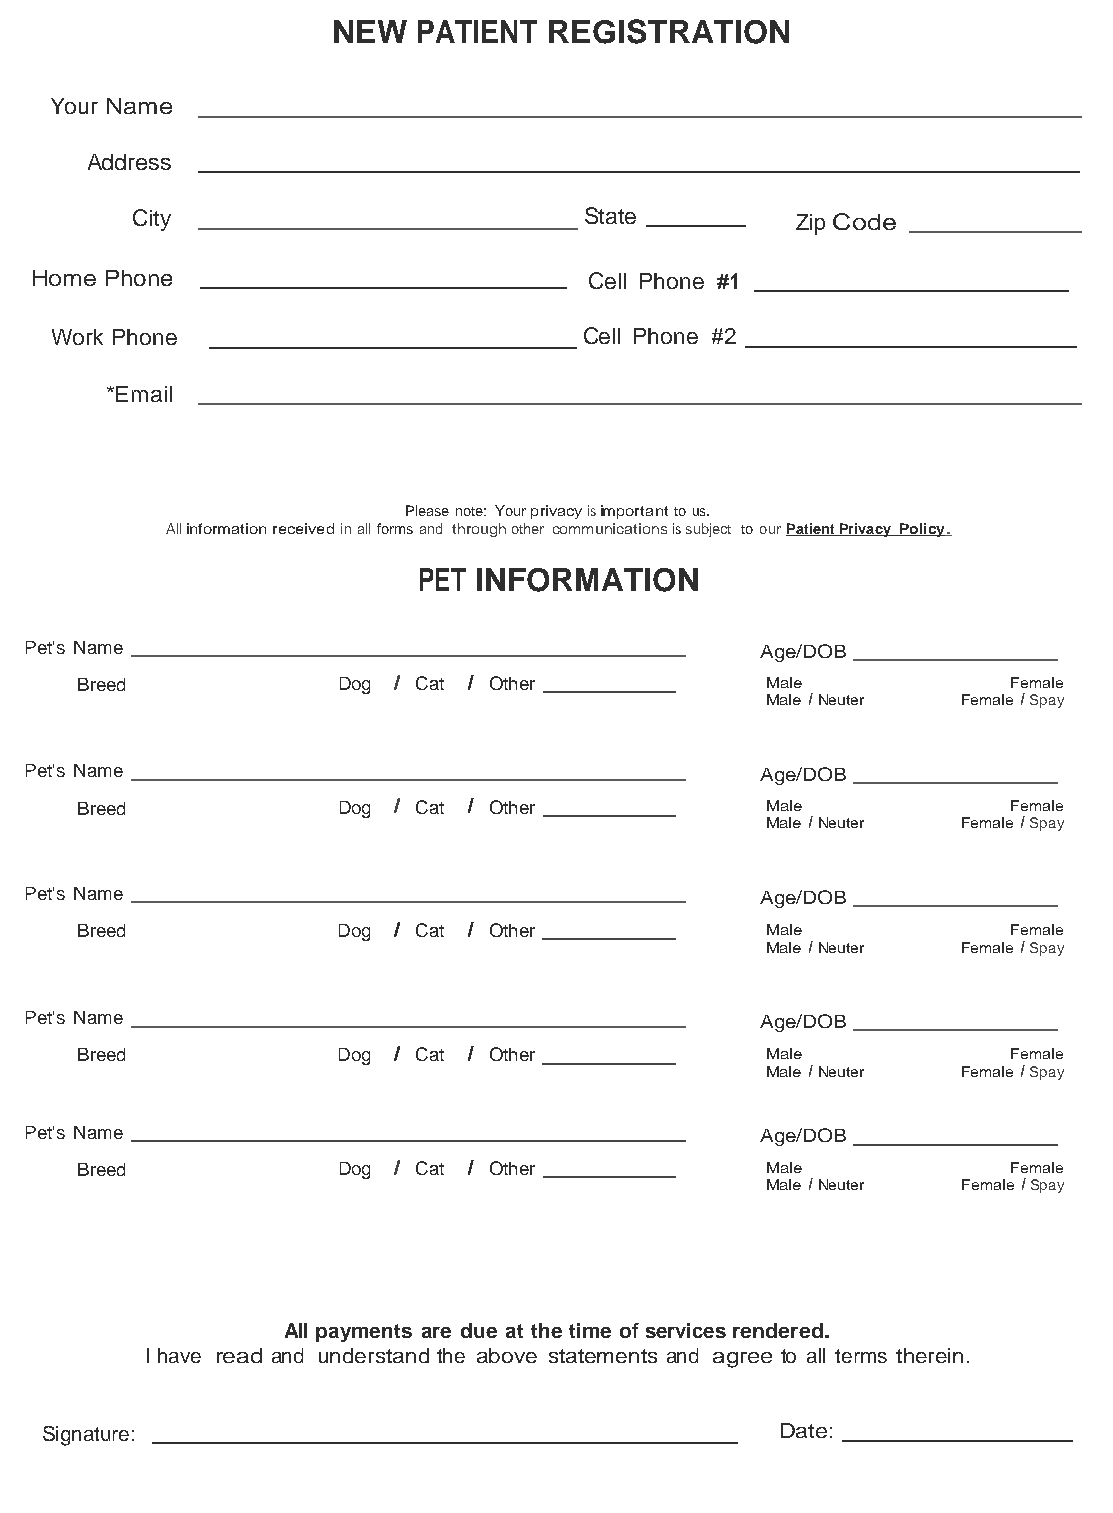
NEW   PATIENT REGISTRATION
 Your Name
 Address
 City                          State         Zip Code
 Home Phone                           Cell Phone #1
 Work Phone                          Cell Phone #2
 *Email
 Please note: Your privacy is important to us.
 All information received in all forms and through other communications is subject to our Patient Privacy Polic y .
 PET INFORMATION
 Pet's Name                                      Age/DOB
 Breed            Dog I Cat I Other            Male            Female
 Male I Neuter Female I Spay
 Pet's Name                                      Age/DOB
 Breed            Dog I Cat I Other            Male            Female
 Male I Neuter Female I Spay
 Pet's Name                                      Age/DOB
 Breed            Dog I Cat I Other            Male            Female
 Male I Neuter Female I Spay
 Pet's Name                                      Age/DOB
 Breed            Dog I Cat I Other            Male            Female
 Male I Neuter Female I Spay
 Pet's Name                                      Age/DOB
 Breed            Dog I Cat I Other            Male            Female
 Male I Neuter Female I Spay
 All payments are due at the time of services rendered.
 I have read and understand the above statements and agree to all terms therein.
 Signature:                                       Date: